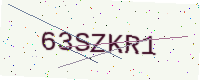
Text: 63SZKR1